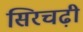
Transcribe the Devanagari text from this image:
सिरचढ़ी